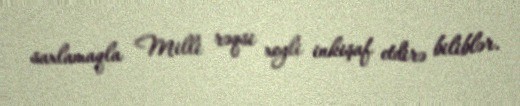
saxlamaqla Milli rəqsi xeyli inkişaf etdirə biliblər.